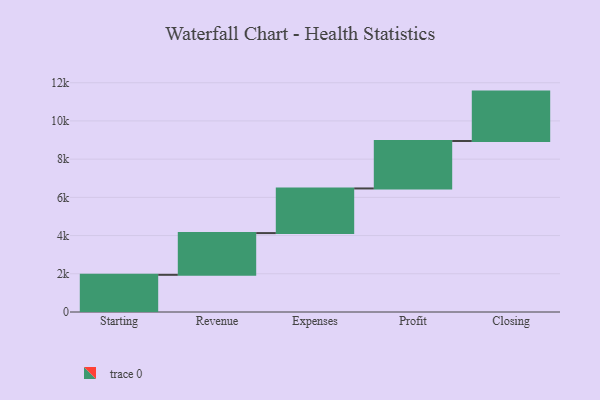
{"axis": {"x": "Step", "y": "Value"}, "legend": [""], "data": [{"x": "Starting", "y": 1946.0, "type": ""}, {"x": "Revenue", "y": 2184.0, "type": ""}, {"x": "Expenses", "y": 2336.0, "type": ""}, {"x": "Profit", "y": 2483.0, "type": ""}, {"x": "Closing", "y": 2586.0, "type": ""}]}